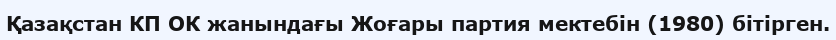
Қазақстан КП ОК жанындағы Жоғары партия мектебін (1980) бітірген.